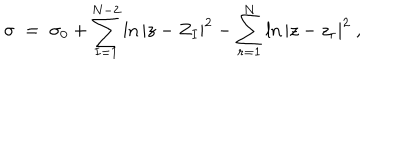
LaTeX: \sigma \; = \; \sigma _ { 0 } + \sum _ { I = 1 } ^ { N - 2 } \ln | z - Z _ { I } | ^ { 2 } - \sum _ { r = 1 } ^ { N } \ln | z - z _ { r } | ^ { 2 } \ ,